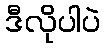
ဒီလိုပါပဲ